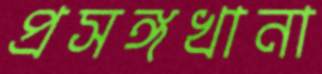
প্রসঙ্গখানা